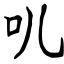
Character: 叽